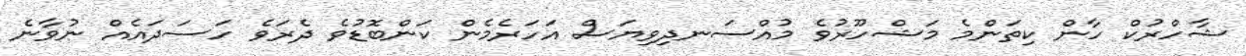
ޝާހްރުކް ހާން ކިތަންމެ މަޝްހޫރުވެ މުއްސަނދިވިޔަސް އަހަރެމެން ކަންބޮޑުވެ ދެރަވެ ހަސަދައެއް ނުވާނެ